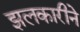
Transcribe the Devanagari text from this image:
झलकारीने